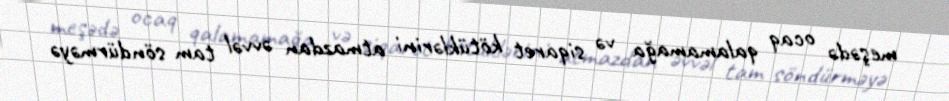
meşədə ocaq qalamamağa və siqaret kötüklərini atmazdan əvvəl tam söndürməyə